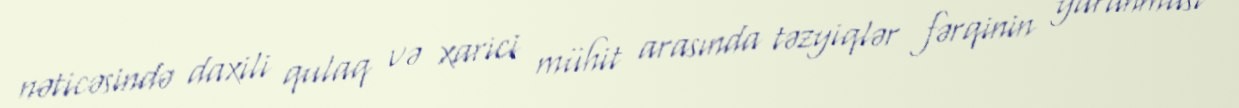
nəticəsində daxili qulaq və xarici mühit arasında təzyiqlər fərqinin yaranması